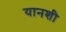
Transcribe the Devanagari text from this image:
यानशी